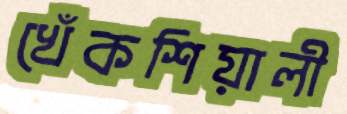
খেঁকশিয়ালী